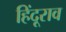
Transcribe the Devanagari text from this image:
हिंदूराव